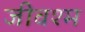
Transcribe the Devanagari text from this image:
जीवश्म